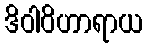
ဒိဝါဝိဟာရာယ